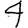
Digit: 4